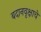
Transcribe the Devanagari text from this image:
बदानवृक्षाचे